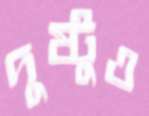
দুষ্টুও